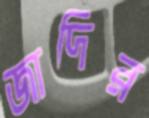
জাদির